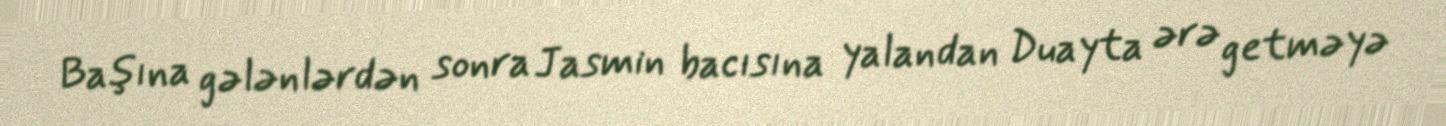
Başına gələnlərdən sonra Jasmin bacısına yalandan Duayta ərə getməyə